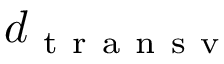
d _ { \mathrm { ~ t ~ r ~ a ~ n ~ s ~ v ~ } }